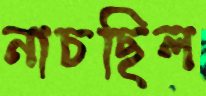
নাচছিল